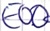
Text: E0.0